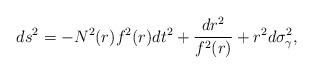
LaTeX: \begin{align*}ds^{2}=-N^{2}(r)f^{2}(r)dt^{2}+\frac{dr^{2}}{f^{2}(r)}+r^{2}d\sigma _{\gamma}^{2}, \end{align*}